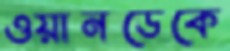
ওয়ানডেকে